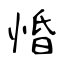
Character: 惛